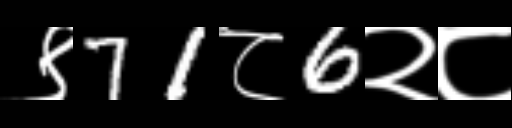
Text: ९71८6२८